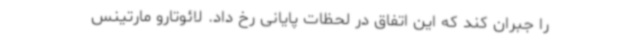
را جبران کند که این اتفاق در لحظات پایانی رخ داد. لائوتارو مارتینس